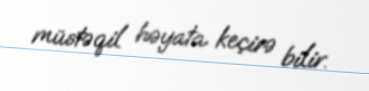
müstəqil həyata keçirə bilir.